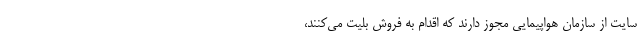
سایت از سازمان هواپیمایی مجوز دارند که اقدام به فروش بلیت می‌کنند،